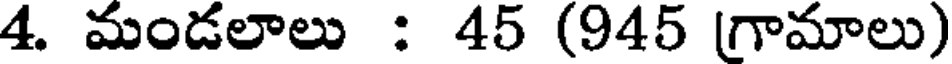
4. మండలాలు : 45 (945 (గామాలు)